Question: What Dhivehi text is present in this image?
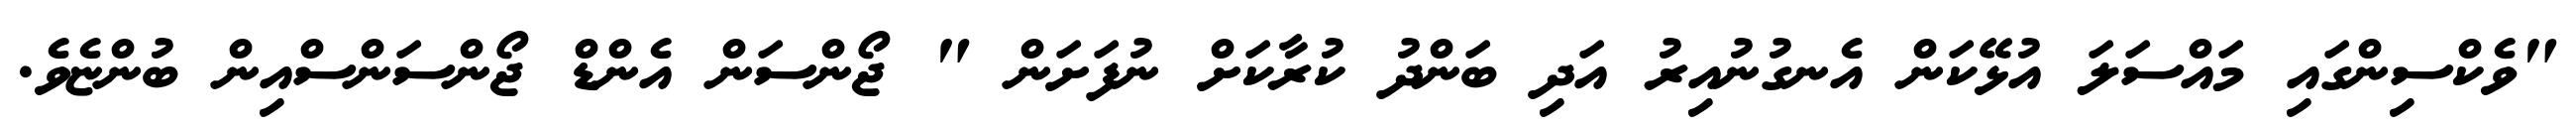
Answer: "ވެކްސިންގައި މައްސަލަ އުޅޭކަން އެނގުނުއިރު އަދި ބަންދު ކުރާކަށް ނުފަށަން " ޖޯންސަން އެންޑް ޖޯންސަންސްއިން ބުންޏެވެ.